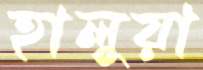
হালুয়া